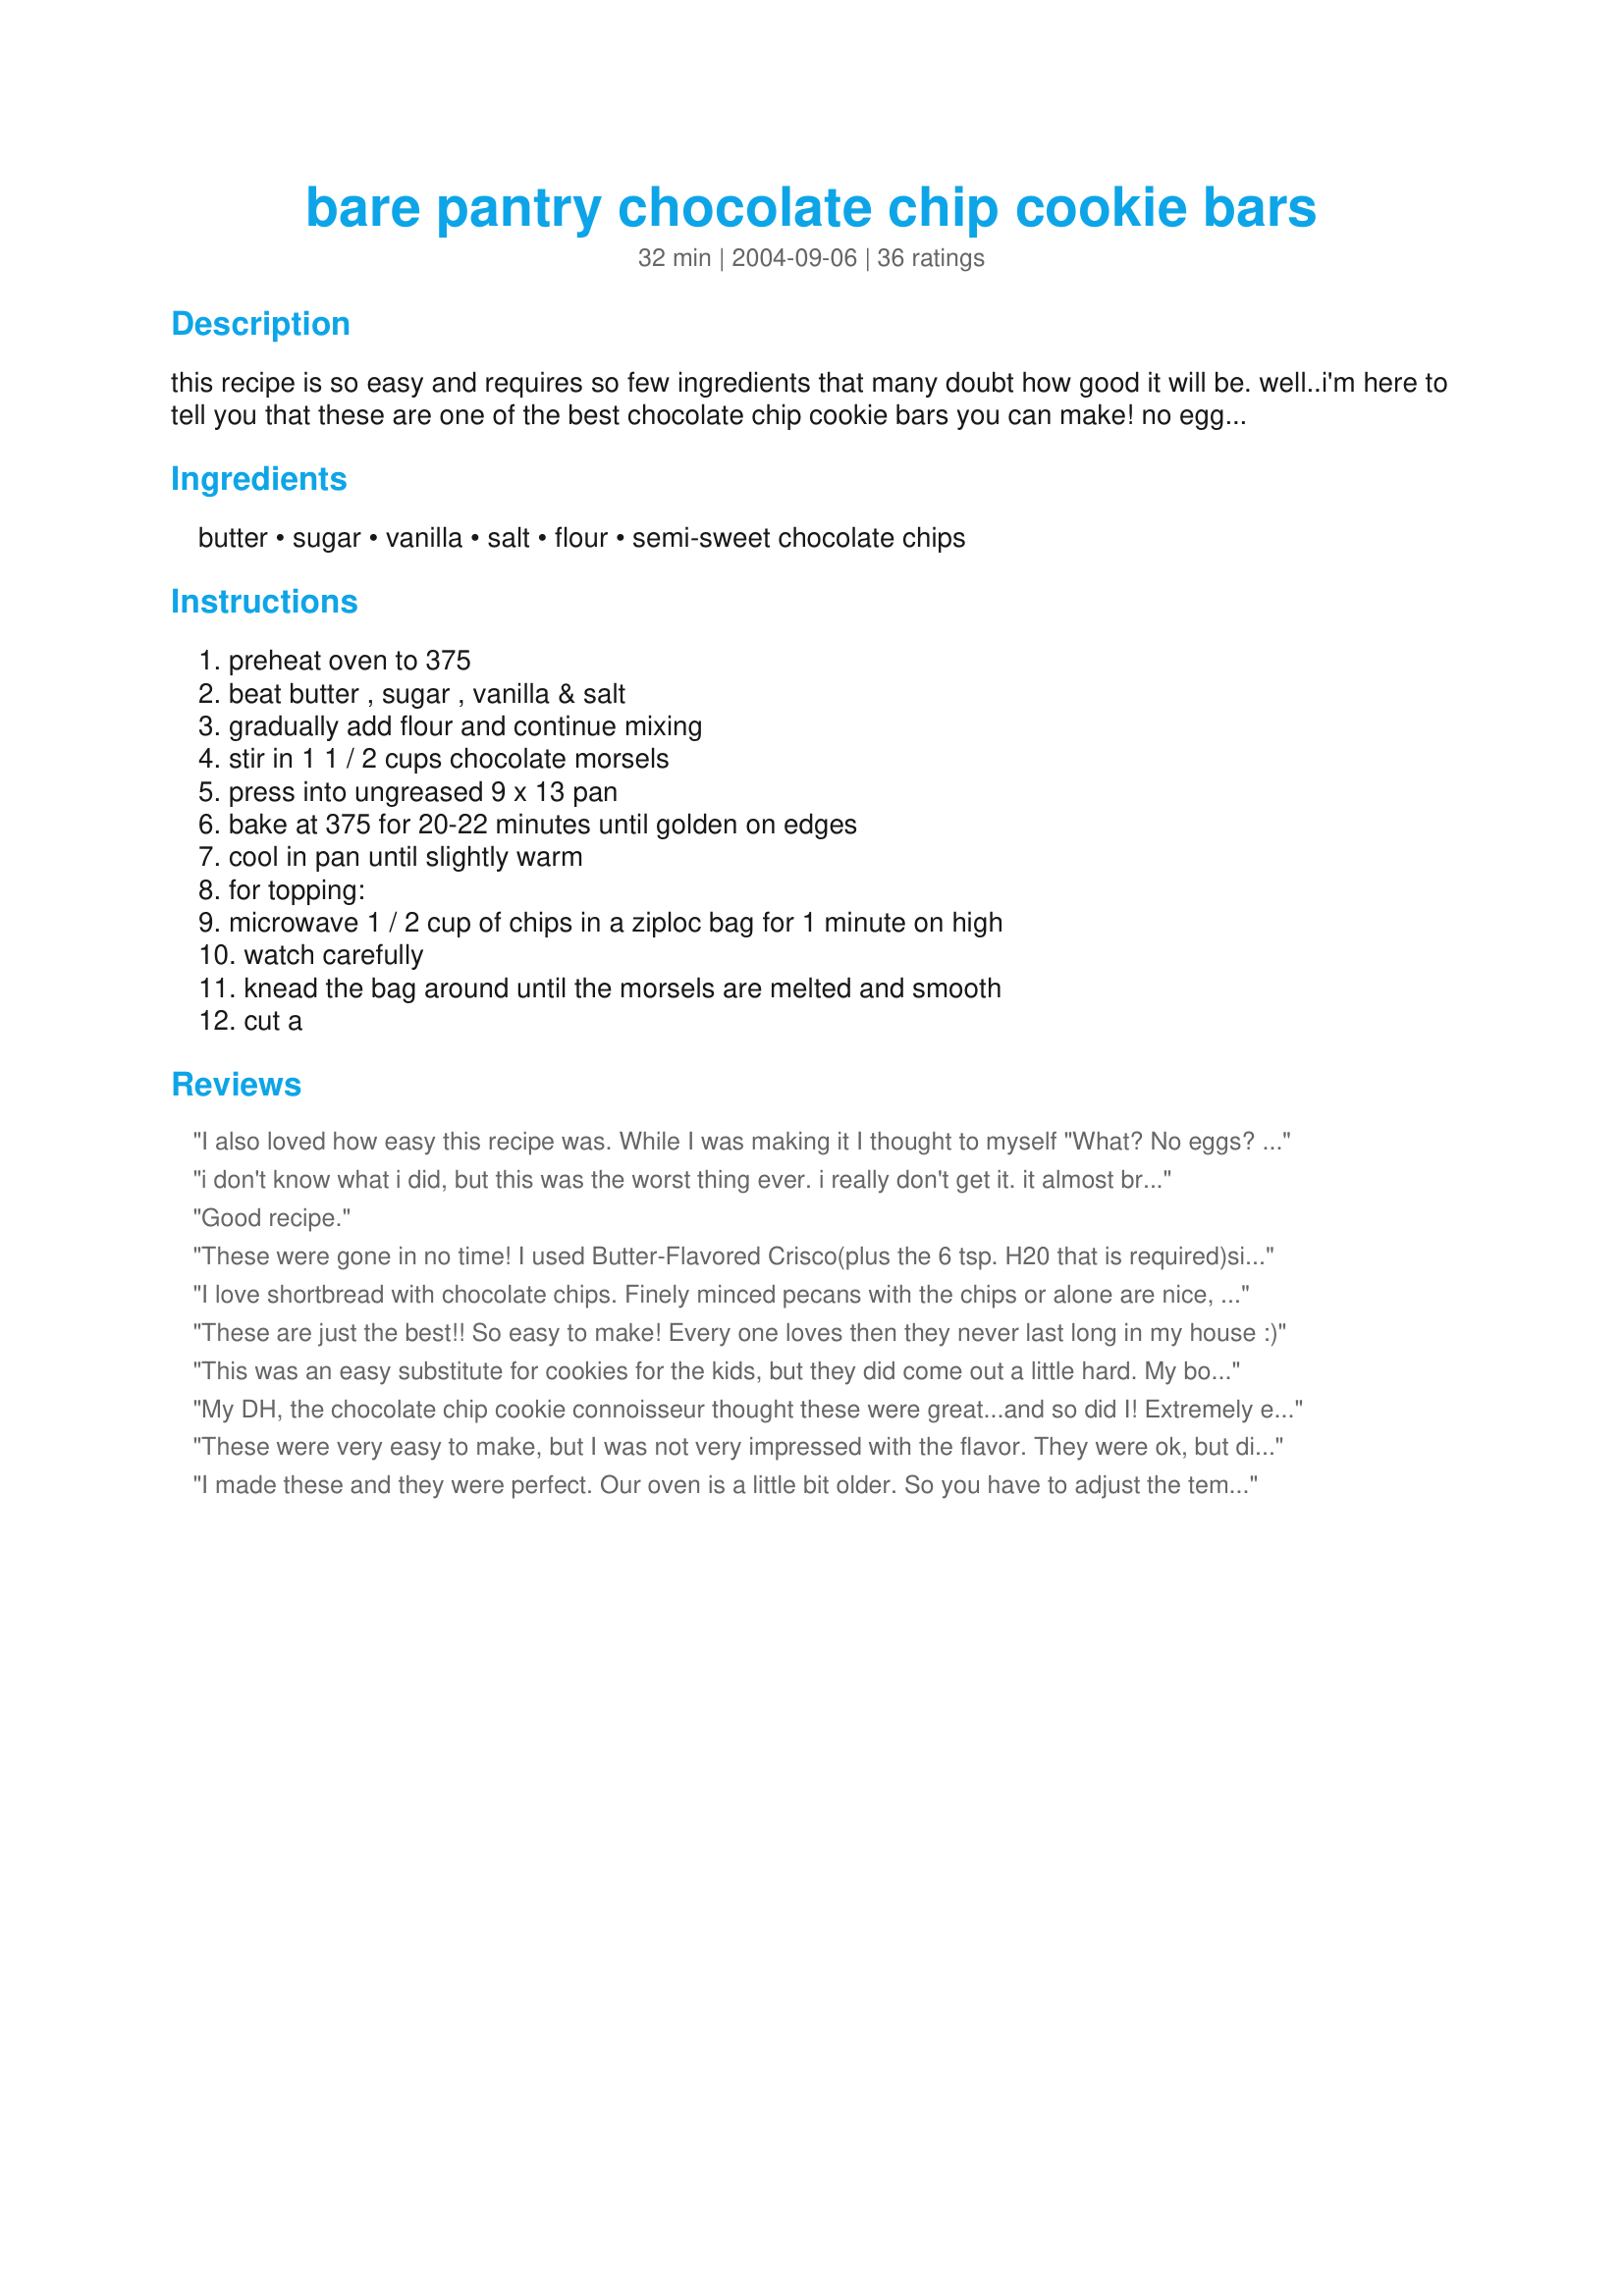
bare pantry chocolate chip cookie bars
Preparation time: 32 minutes

this recipe is so easy and requires so few ingredients that many doubt how good it will be. well..i'm here to tell you that these are one of the best chocolate chip cookie bars you can make! no eggs, so the dough is great to eat as well :) give it a try...i know you'll love them!

Ingredients:
butter, sugar, vanilla, salt, flour, semi-sweet chocolate chips

Steps:
preheat oven to 375, beat butter , sugar , vanilla & salt, gradually add flour and continue mixing, stir in 1 1 / 2 cups chocolate morsels, press into ungreased 9 x 13 pan, bake at 375 for 20-22 minutes until golden on edges, cool in pan until slightly warm, for topping:, microwave 1 / 2 cup of chips in a ziploc bag for 1 minute on high, watch carefully, knead the bag around until the morsels are melted and smooth, cut a

Reviews:
I also loved how easy this recipe was. While I was making it I thought to myself "What? No eggs? No Baking soda?" But that is the beauty of it. Really simple to throw together! These cookie bars were very crispy thin flaky, and a bit sticky. Almost the texture of baklava (Weird Comparison, I know)!!! But the taste was great, and it was a nice switch from softer cookies! We really enjoyed them!
i don't know what i did, but this was the worst thing ever. i really don't get it. it almost broke my tooth. and i followed the recipe and even bought the specified sized pan. boo.
Good recipe.
These were gone in no time! I used Butter-Flavored Crisco(plus the 6 tsp. H20 that is required)since I was low on butter. Nice flaky crust.
Thanks Dancer-
I love shortbread with chocolate chips. Finely minced pecans with the chips or alone are nice, too. We had these for a snack this afternoon. Delicious.
These are just the best!! So easy to make! Every one loves then they never last long in my house :)
This was an easy substitute for cookies for the kids, but they did come out a little hard. My boys, however, loved them and begged for more.
My DH, the chocolate chip cookie connoisseur thought these were great...and so did I! Extremely easy to make and taste just fabulous! The chocolate drizzled on top make these extra decadent (although my drizzles didn't look as pretty as the picture! lol). Thanks for the super easy, super yummy recipe! :)
These were very easy to make, but I was not very impressed with the flavor. They were ok, but didn't taste anything like a chocolate chip cookie.
I made these and they were perfect. Our oven is a little bit older. So you have to adjust the temperature sometimes. However, I made these and I was very happy. Now a week later I got on here to check the recipe again to make them and decided to write a short review. Just follow the recipe and you should get great results.
I was looking for something to fill my sweet tooth & had no eggs in the house. This fit the bill perfectly! I left off the chocolate drizzle & they were still fantastic!
I haven't really ever baked anything, and these were so easy. I also added the egg for the more cakey texture. Yum!
I made 6 batches of these.. And they were all harder than rocks!&lt;br/&gt;Avoid this recipe!&lt;br/&gt;&lt;br/&gt;This recipe is very easy to make... but you won&#039;t be able to eat it!
An excellent recipe and so easy! Although I like chocolate chip cookies better, this deserves 5 stars for ease of preparation and the end result .. thank you for posting!
I really like this one. It's very easy and good. I tried adding an egg and they were great.
The only thing I did different... I took half the chips and put them on top when the bars came out of the oven and frosted them when the chips melted.
Very, very yummy! Thank you!

Mine turned out super - I was really surprised that I didn&#039;t need any egg. For those who had problems, I&#039;d be willing to bet they used all-purpose flour. I didn&#039;t think that would work, so I added baking soda and salt to convert mine to self-rising. So I would be willing to bet the ones that had problems didn&#039;t add any leavening. Thanks for the recipe - these were a big hit!!
These were pretty good for what they are. We had a cookie-craving and bare pantries, so this sounded perfect! I was actually short on butter too, so we used part unfiltered peanut oil, which was nice and imparted a nice peanut-y flavor to the bars. They are quite shortbread cookie-like as several others have stated, which certainly wasn't bad, but not my ideal either. I didn't do the drizzle on top and thought they were just fine without it. Overall, these were quite good and we enjoyed them, but I probably wouldn't make them again.
yummy cookies when you have nothing on hand! I added 1 egg and 1 cup of quick oats for more texture. Consitency is more like a brownie than a cookie but it is still really satisfying. Thanks!
Turned out yummy, i only used 1 + 1/4 cups flour, and added 1 cup of quick oats. It gave more flavor to the recipe. Thanks
I can't believe how good these are! Perfect, my pantry is always bare, Thanks!
I was really anticipating giving this a higher rating. But it just didn't get that response here. It's a bit like a shortbread with choc chips and drizzle, and has a good flavor for how very easy it is, but just not what we expected. But thank you for posting it; looks like it worked great for a lot of other people! :o)
We LOVE these at our house! They are so easy to make so I make them every week. They are also my youngest daughter's very favourite thing. Instead of choc chips, I buy a block of cooking chocolate & smash it to bits with my husband's trusty hammer (the chocolate is in a bag, of course). I use half a block for this recipe - it comes out looking just the same (& is a bit of a cheaper option for me because I make this so often). Thanks for the great recipe dancer! It's a keeper that I make very regularly :)
they were so good my husband loved them so much he came in for more. i am sure this is one we will never forget about because its so good
Made these for dessert. They were so quick and easy to put together. Everyone agrees. these are good! I did spray the pan with baking spray and I did add 1 egg.Thanks for posting
This recipe is awesome!! So easy and delicious. Thanks for sharing!!
per review of mrthing I used Martha White self rising flour and as the dough was a little tough to work with I added about 2 TB canned milk when mixing in the flour, worked like a charm they look delicious but since it is a dish for Church I won't know how it tastes until someone tells me. Thank you for the recipe it is hard to find desserts w/o eggs!
I have served these twice in the last couple days and people just rave about them. They're kind of like shortbread chocolate chip bars. Yummy! And so easy.
These were very good. We have a homeschool open gym night every other week. I needed to make snacks for tonight but did not have any eggs. These do taste like a shortbread with chocolate chips. Yummy! Thanks for the easy recipe!
Came out great. I sprayed the pan as well, and added an egg for an almost cake-like consistency. Will be trying it without the egg just to compare, but the taste was great!! Took no time at all, and the kids LOVED them.
Yummy! My pantry was extra bare, so I ended up halving the recipe and baking in an 8x8 pan. It was very easy and quick and pretty tasty. I think next time I'll use milk chocolate chips for at least the drizzle as I didn't love the semi-sweet. I will definitely be making this one again, though! Thanks for posting, Kristen!
These were OK for us. I followed the recipe as written other then I didn't add the topping as I thought that would be too rich for us. The bars came out very dry. I baked mine at 350 for 20 minutes and also used a smaller pan as others said their's were too hard with the larger pan.
Easy & taste rezlly good. I used wheat flour instead of all purpose flour and added walnuts & pecans in it. I also made/baked this in a smaller pan so the result was thicker.
These tasted good but why oh why did you say ungreased pan? I nearly killed myself trying to get them out of my glass pan and it was lightly greased even though your recipe said ungreased. My husband refused to grease it as liberally as we normally would because the recipe specified ungreased.
Yep, this recipe is a keeper!!! My pantry had Ghirardelli 60% Cacao Bittersweet Chocolate so that&#039;s what was used. My family enjoyed them very much despite being milk chocolate lovers. Thanks to other reviews, I watched this very carefully while baking in my inconsistent temp oven. The edges did brown but the center was obviously not done. A few minutes later the center was &quot;done&quot; and the edges were still fine. They turned out very well. As many say, this is more of a shortbread bar and is very, very good! This is a recipe that is staying in the recipe box to be used again and again! Thank you for sharing!
Very good and easy - a perfect recipe for kids to make! We used chocolate bits instead of the chips and I think next time we'll use chocolate chips - I also thought raisins or nuts may be a nice addition, but great as is. Thanks for sharing!
